Report of the Indian Hemp Drugs Commission, 1894-1895 - Volume V
Year: 1894
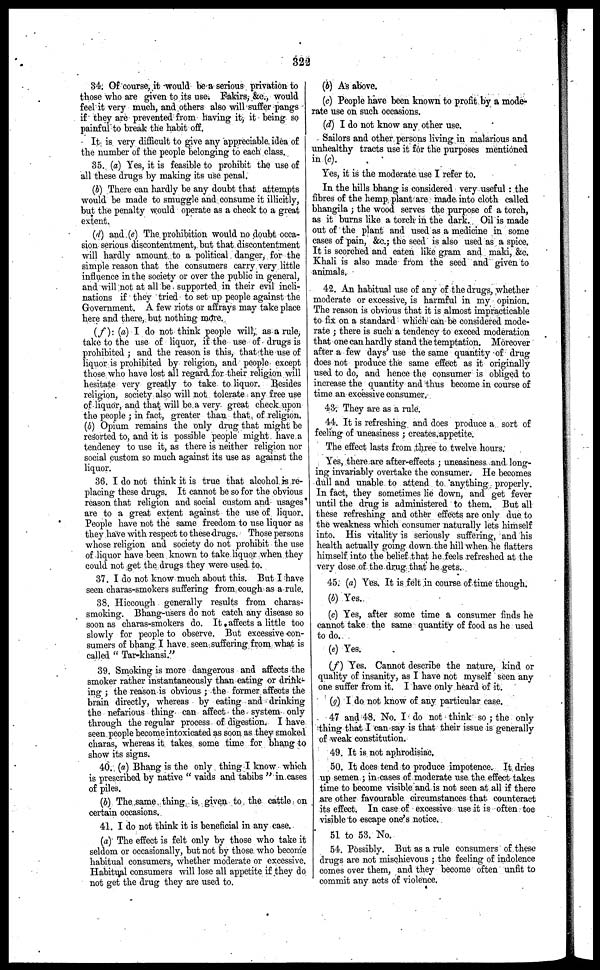
322
34. Of course, it would be a serious privation to
those who are given to its use. Fakirs, &c., would
feel it very much, and others also will suffer pangs
if they are prevented from having it, it being so
painful to break the habit off.
It is very difficult to give any appreciable idea of
the number of the people belonging to each class.
35. (a) Yes, it is feasible to prohibit the use of
all these drugs by making its use penal.
(b) There can hardly be any doubt that attempts
would be made to smuggle and consume it illicitly,
but the penalty would operate as a check to a great
extent.
(d) and (e) The prohibition would no doubt occa-
sion serious discontentment, but that discontentment
will hardly amount to a political danger, for the
simple reason that the consumers carry very little
influence in the society or over the public in general,
and will not at all be supported in their evil incli-
nations if they tried to set up people against the
Government. A few riots or affrays may take place
here and there, but nothing more.
(f): (a) I do not think people will, as a rule,
take to the use of liquor, if the use of drugs is
prohibited; and the reason is this, that the use of
liquor is prohibited by religion, and people except
those who have lost all regard for their religion will
hesitate very greatly to take to liquor. Besides
religion, society also will not tolerate any free use
of liquor, and that will be a very great check upon
the people; in fact, greater than that of religion.
(6) Opium remains the only drag that might be
resorted to, and it is possible people might have a
tendency to use it, as there is neither religion nor
social custom so much against its use as against the
liquor.
36. I do not think it is true that alcohol is re-
placing these drugs. It cannot be so for the obvious
reason that religion and social custom and usages
are to a great extent against the use of liquor.
People have not the same freedom to use liquor as
they have with respect to these drugs. Those persons
whose religion and society do not prohibit the use
of liquor have been known to take liquor when they
could not get the drugs they were used to.
37. I do not know much about this. But I have
seen charas-smokers suffering from cough as a rule.
38. Hiccough generally results from charas-
smoking. Bhang-users do not catch any disease so
soon as charas-smokers do. It affects a little too
slowly for people to observe. But excessive con-
sumers of bhang I have seen suffering from what is
called "Tar-khansi."
39. Smoking is more dangerous and affects the
smoker rather instantaneously than eating or drink-
ing; the reason is obvious; the former affects the
brain directly, whereas by eating and drinking
the nefarious thing can affect the system only
through the regular process of digestion. I have
seen people become intoxicated as soon as they smoked
charas, whereas it takes some time for bhang to
show its signs.
40. (a) Bhang is the only thing I know which
is prescribed by native "vaids and tabibs" in cases
of piles.
(b) The same thing is given to the cattle on
certain occasions.
41. I do not think it is beneficial in any case.
(a) The effect is felt only by those who take it
seldom or occasionally, but not by those who become
habitual consumers, whether moderate or excessive.
Habitual consumers will lose all appetite if they do
not get the drug they are used to.
(b) As above.
(c) People have been known to profit by a mode-
rate use on such occasions.
(d) I do not know any other use.
Sailors and other persons living in malarious and
unhealthy tracts use it for the purposes mentioned
in (c).
Yes, it is the modorate use I refer to.
In the hills bhang is considered very useful: the
fibres of the hemp plant are made into cloth called
bhangila; the wood serves the purpose of a torch,
as it burns like a torch in the dark. Oil is made
out of the plant and used as a medicine in some
cases of pain, &c.; the seed is also used as a spice.
It is scorched and eaten like gram and maki, &c.
Khali is also made from the seed and given to
animals.
42. An habitual use of any of the drugs, whether
moderate or excessive, is harmful in my opinion.
The reason is obvious that it is almost impracticable
to fix on a standard which can be considered mode-
rate; there is such a tendency to exceed moderation
that one can hardly stand the temptation. Moreover
after a few days' use the same quantity of drug
does not produce the same effect as it originally
used to do, and hence the consumer is obliged to
increase the quantity and thus become in course of
time an excessive consumer.
43. They are as a rule.
44. It is refreshing and does produce a sort of
feeling of uneasiness; creates appetite.
The effect lasts from three to twelve hours.
Yes, there are after-effects; uneasiness and long-
ing invariably overtake the consumer. He becomes
dull and unable to attend to anything properly.
In fact, they sometimes lie down, and get fever
until the drug is administered to them. But all
these refreshing and other effects are only due to
the weakness which consumer naturally lets himself
into. His vitality is seriously suffering, and his
health actually going down the hill when he flatters
himself into the belief that he feels refreshed at the
very dose of the drug that he gets.
45. (a) Yes. It is felt in course of time though.
(b) Yes.
(c) Yes, after some time a consumer finds he
cannot take the same quantity of food as he used
to do.
(e) Yes.
(f) Yes. Cannot describe the nature, kind or
quality of insanity, as I have not myself seen any
one suffer from it. I have only heard of it.
(g) I do not know of any particular case.
47 and 48. No. I do not think so; the only
thing that I can say is that their issue is generally
of weak constitution.
49. It is not aphrodisiac,
50. It does tend to produce impotence. It dries
up semen; in cases of moderate use the effect takes
time to become visible and is not seen at all if there
are other favourable circumstances that counteract
its effect. In case of excessive use it is often toe
visible to escape one's notice.
51 to 53. No.
54. Possibly. But as a rule consumers of these
drugs are not mischievous; the feeling of indolence
comes over them, and they become often unfit to
commit any acts of violence.